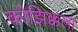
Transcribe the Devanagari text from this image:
कोझिक्कला